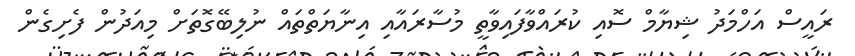
ރައީސް އަހްމަދު ޝިޔާމް ސޮއި ކުރައްވާފައިވާތީ މުސާރައާއި އިނާޔަތްތައް ނުލިބޭގޮތަށް މިއަދުން ފެށިގެން